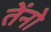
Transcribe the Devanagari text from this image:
तेंनो